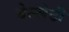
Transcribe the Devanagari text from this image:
बेल्लेटी